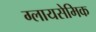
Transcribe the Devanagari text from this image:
ग्लायसेमिक